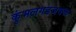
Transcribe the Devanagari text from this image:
कुंभलगडजवळ